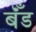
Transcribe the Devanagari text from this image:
बॅँंड